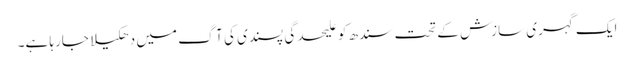
ایک گہری سازش کے تحت سندھ کو علیحدگی پسندی کی آگ میں دھکیلا جارہا ہے۔